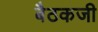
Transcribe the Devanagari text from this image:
बैठकजी